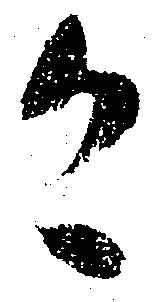
恐